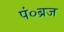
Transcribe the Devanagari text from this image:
पं०ब्रज